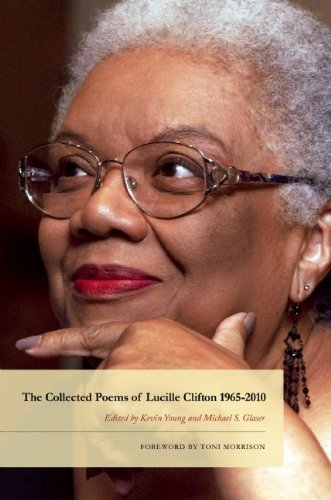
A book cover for The Collected Poems of Lucille Clifton 1965-2010 (American Poets Continuum); Lucille Clifton; Literature & Fiction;